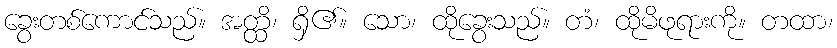
ခွေးတစ်ကောင်သည်။ အတ္ထိ၊ ရှိ၏။ သော၊ ထိုခွေးသည်။ တံ၊ ထိုမိဖုရားကို။ တထာ၊